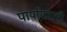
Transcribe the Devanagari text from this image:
पार्यायवाची